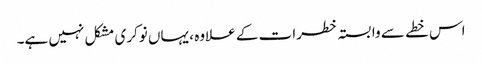
اس خطے سے وابستہ خطرات کے علاوہ ، یہاں نوکری مشکل نہیں ہے۔